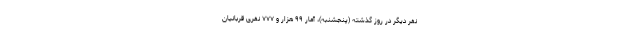
نفر دیگر در روز گذشته (پنجشنبه)، آمار ۹۹ هزار و ۷۷۷ نفریِ قربانیان